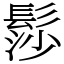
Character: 髿